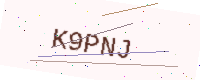
Text: K9PNJ